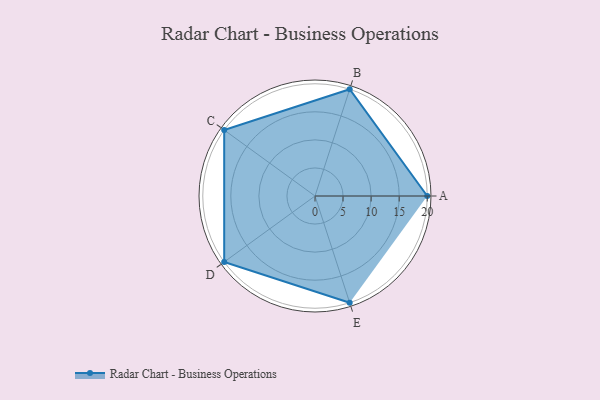
{"axis": {"x": "Skill", "y": "Score"}, "legend": ["Profile"], "data": [{"x": "A", "y": 20, "type": "Profile"}, {"x": "B", "y": 20, "type": "Profile"}, {"x": "C", "y": 20, "type": "Profile"}, {"x": "D", "y": 20, "type": "Profile"}, {"x": "E", "y": 20, "type": "Profile"}]}